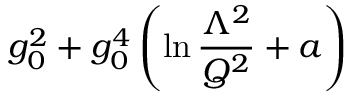
g _ { 0 } ^ { 2 } + g _ { 0 } ^ { 4 } \left( \ln { \frac { \Lambda ^ { 2 } } { Q ^ { 2 } } } + a \right)